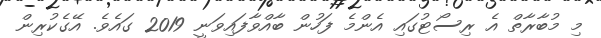
މި މުބާރާތް އެ ރިސޯޓުގައި އެންމެ ފަހުން ބާއްވާފައިވަނީ 2019 ގައެވެ. އޭގެކުރިން